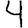
Digit: 4